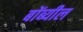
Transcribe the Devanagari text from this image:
बोंब्यील